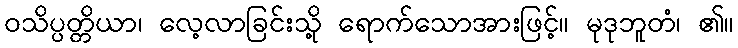
ဝသိပ္ပတ္တိယာ၊ လေ့လာခြင်းသို့ ရောက်သောအားဖြင့်။ မုဒုဘူတံ၊ ၏။